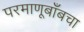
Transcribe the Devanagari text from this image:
परमाणूबाँबचा